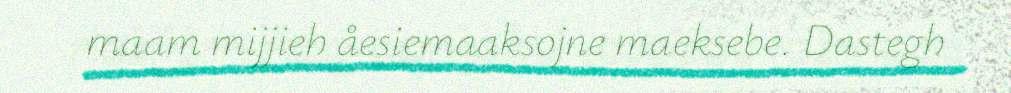
maam mijjieh åesiemaaksojne maeksebe. Dastegh